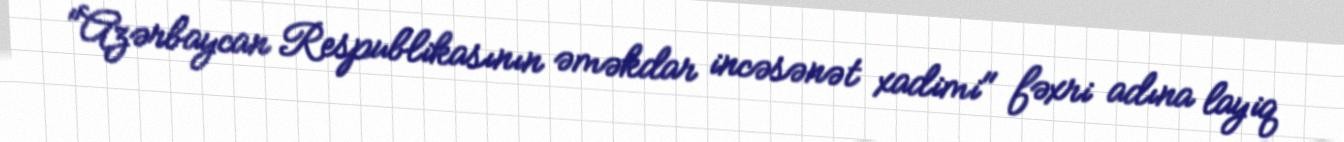
"Azərbaycan Respublikasının əməkdar incəsənət xadimi" fəxri adına layiq